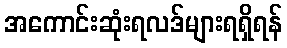
အကောင်းဆုံးရလဒ်များရရှိရန်